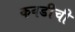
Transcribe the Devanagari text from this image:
कवडीची